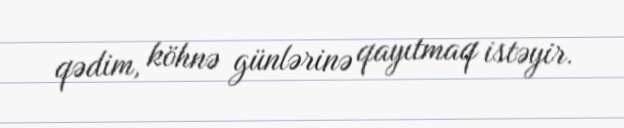
qədim, köhnə günlərinə qayıtmaq istəyir.